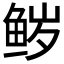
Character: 𮬝